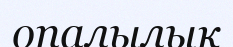
опалылық